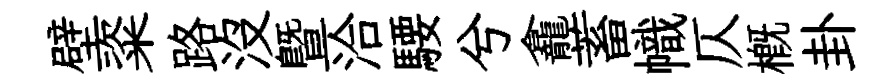
壁粢路没曁洽騕兮龕蓄幟仄槪卦